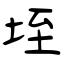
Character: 垤